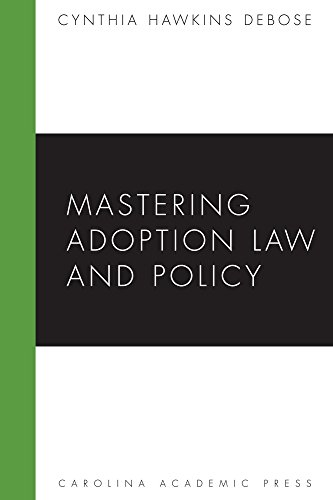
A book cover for Mastering Adoption Law and Policy (Mastering Series); Cynthia Hawkins DeBose; Law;